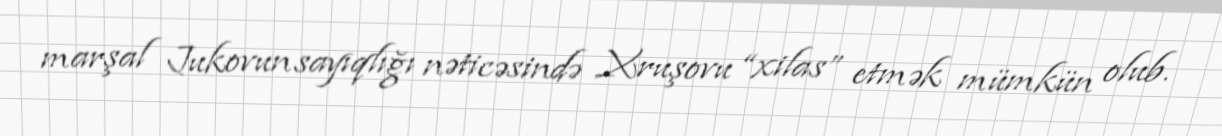
marşal Jukovun sayıqlığı nəticəsində Xruşovu “xilas” etmək mümkün olub.